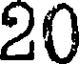
20